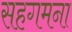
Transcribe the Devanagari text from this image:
सहगमना